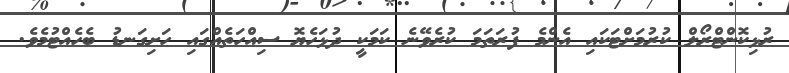
ރުޅިކޮންޓްރޯލް ކުރުމަށްޓަކައި އެންމެ ފުރަތަމަ ކުރެވޭނެ ކަމަކީ ދުޅަހެޔޮ ސިއްހަތެއްގައި ހަށިގަނޑު ބެހެއްޓުމެވެ.